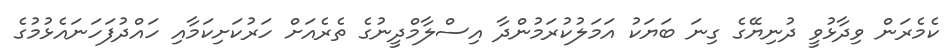
ކެމެރަން ވިދާޅުވީ ދުނިޔޭގެ ގިނަ ބަޔަކު އަމަލުކުރަމުންދާ އިސްލާމްދީނުގެ ތެރެއަށް ހަރުކަށިކަމާއި ހައްދުފަހަނައެޅުމުގެ